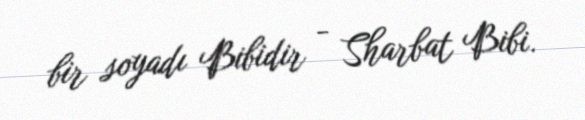
bir soyadı Bibidir - Sharbat Bibi.